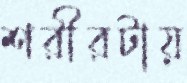
শরীরটায়